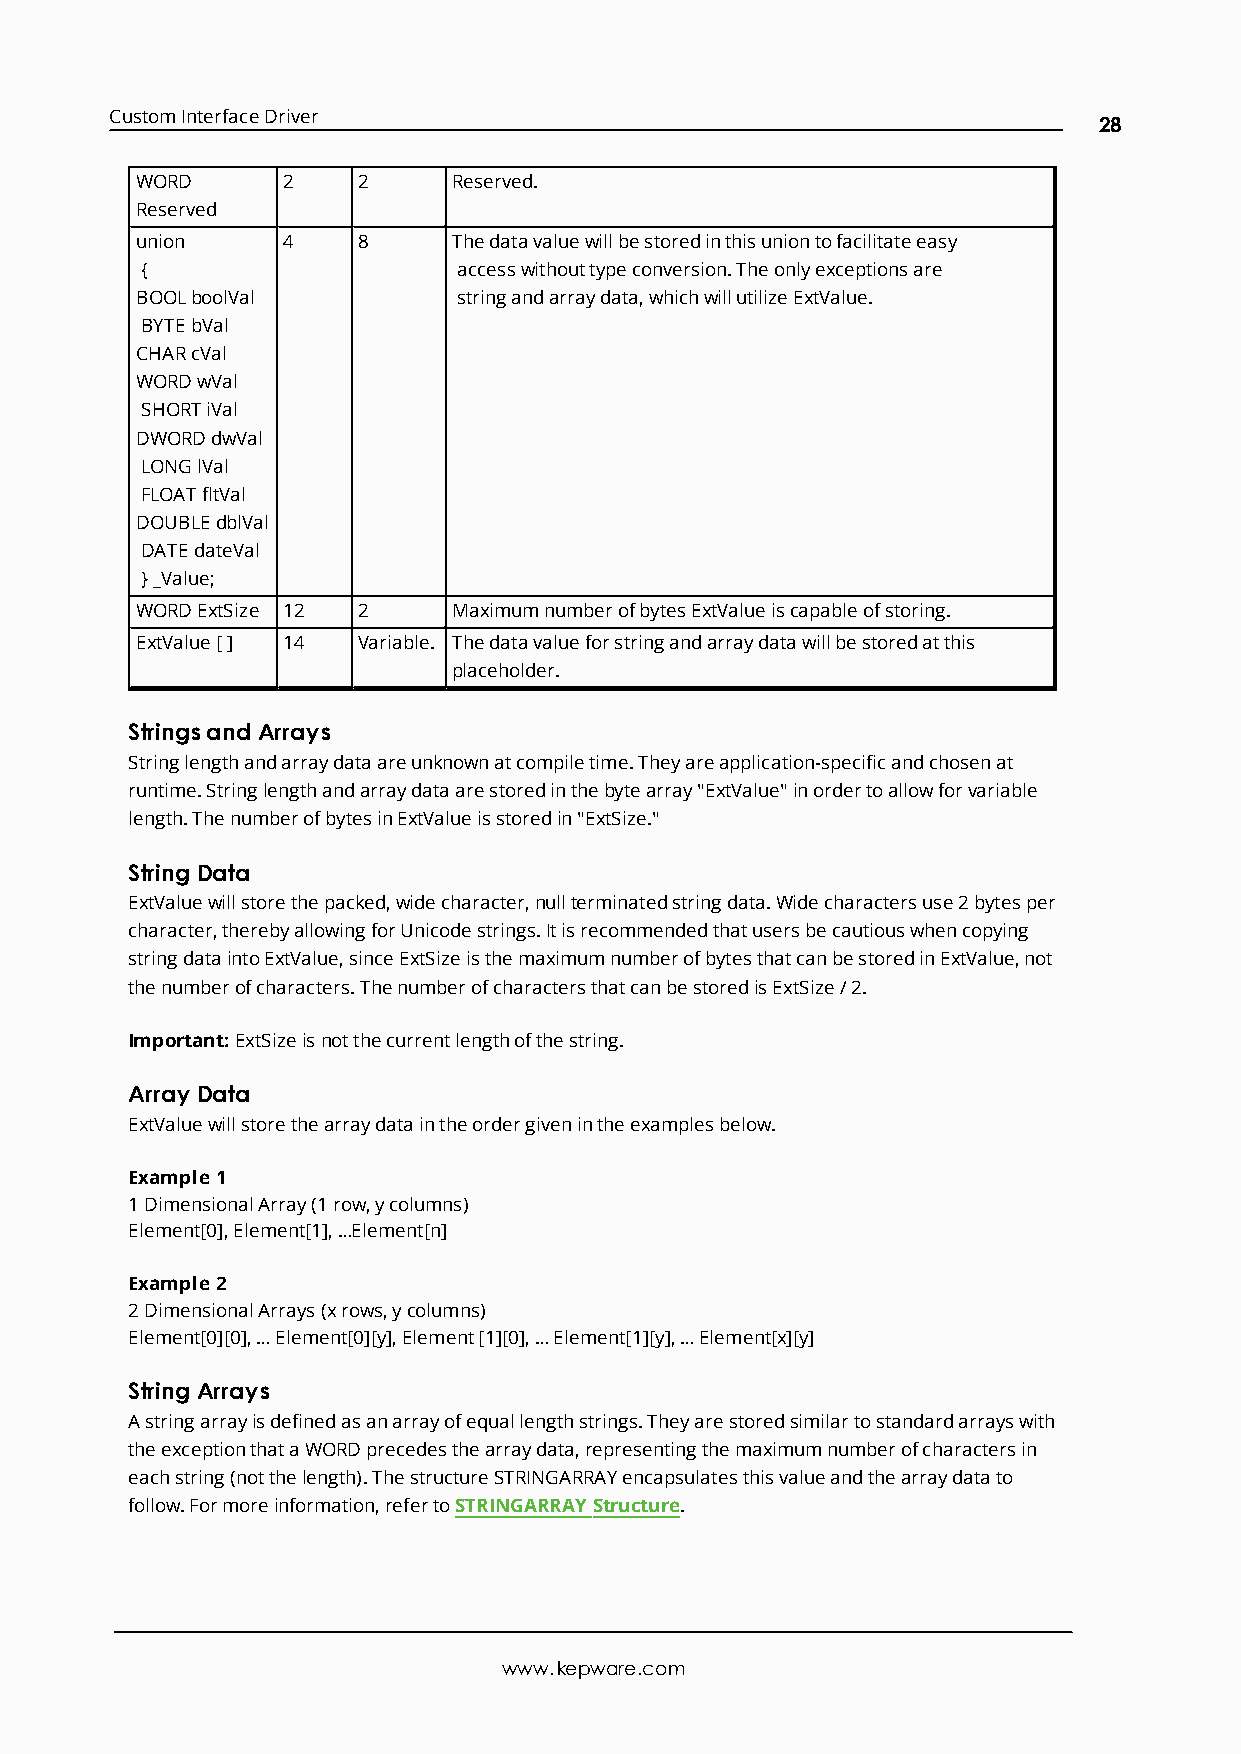
CustomInterfaceDriver
 28
 WORD      2    2     Reserved.
 Reserved
 union     4    8     Thedatavaluewillbestoredinthisuniontofacilitateeasy
 {                    accesswithouttypeconversion.Theonlyexceptionsare
 BOOLboolVal          stringandarraydata,whichwillutilizeExtValue.
 BYTEbVal
 CHARcVal
 WORDwVal
 SHORTiVal
 DWORDdwVal
 LONGlVal
 FLOATfltVal
 DOUBLEdblVal
 DATEdateVal
 }_Value;
 WORDExtSize 12 2     MaximumnumberofbytesExtValueiscapableofstoring.
 ExtValue[ ] 14 Variable. Thedatavalueforstringandarraydatawillbestoredatthis
 placeholder.
 Stringsand Arrays
 Stringlengthandarraydataareunknownatcompiletime.Theyareapplication-specificandchosenat
 runtime.Stringlengthandarraydataarestoredinthebytearray"ExtValue"inordertoallowforvariable
 length.ThenumberofbytesinExtValueisstoredin"ExtSize."
 String Data
 ExtValuewillstorethepacked,widecharacter,nullterminatedstringdata.Widecharactersuse2bytesper
 character,therebyallowingforUnicodestrings.Itisrecommendedthatusersbecautiouswhencopying
 stringdataintoExtValue,sinceExtSizeisthemaximumnumberofbytesthatcanbestoredinExtValue,not
 thenumberofcharacters.ThenumberofcharactersthatcanbestoredisExtSize/2.
 Important:ExtSizeisnotthecurrentlengthofthestring.
 Array Data
 ExtValuewillstorethearraydataintheordergivenintheexamplesbelow.
 Example1
 1DimensionalArray(1row,ycolumns)
 Element[0],Element[1],…Element[n]
 Example2
 2DimensionalArrays(xrows,ycolumns)
 Element[0][0],…Element[0][y],Element[1][0],…Element[1][y],…Element[x][y]
 String Arrays
 Astringarrayisdefinedasanarrayofequallengthstrings.Theyarestoredsimilartostandardarrayswith
 theexceptionthataWORDprecedesthearraydata,representingthemaximumnumberofcharactersin
 eachstring(notthelength).ThestructureSTRINGARRAYencapsulatesthisvalueandthearraydatato
 follow.Formoreinformation,refertoSTRINGARRAYStructure.
 www.kepware.com